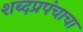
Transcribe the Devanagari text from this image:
शब्दप्रपंचाचा